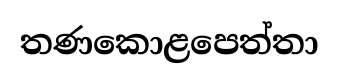
තණකොළපෙත්තා